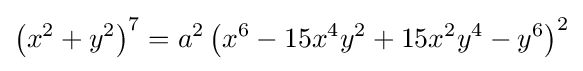
\left(x^{2}+y^{2}\right)^{7}=a^{2}\left(x^{6}-15x^{4}y^{2}+15x^{2}y^{4}-y^{6}\right)^{2}